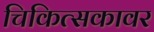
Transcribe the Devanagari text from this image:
चिकित्सकावर